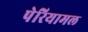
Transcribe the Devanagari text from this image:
पेरियामल